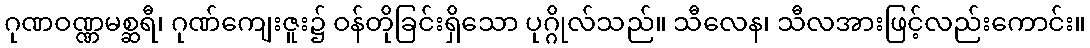
ဂုဏဝဏ္ဏမစ္ဆရီ၊ ဂုဏ်ကျေးဇူး၌ ဝန်တိုခြင်းရှိသော ပုဂ္ဂိုလ်သည်။ သီလေန၊ သီလအားဖြင့်လည်းကောင်း။